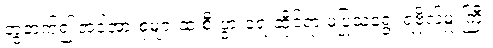
တွဲဘက်၍ အင်အားစုများထံ စီးပွားရေးဆိုင်ရာ မပြုသရွေ့ ရဲဗိုလ်မှူးကြီး